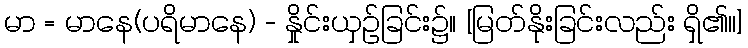
မာ = မာနေ(ပရိမာနေ) - နှိုင်းယှဉ်ခြင်း၌။ [မြတ်နိုးခြင်းလည်း ရှိ၏၊၊]